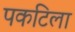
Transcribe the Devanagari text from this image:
पकटिला